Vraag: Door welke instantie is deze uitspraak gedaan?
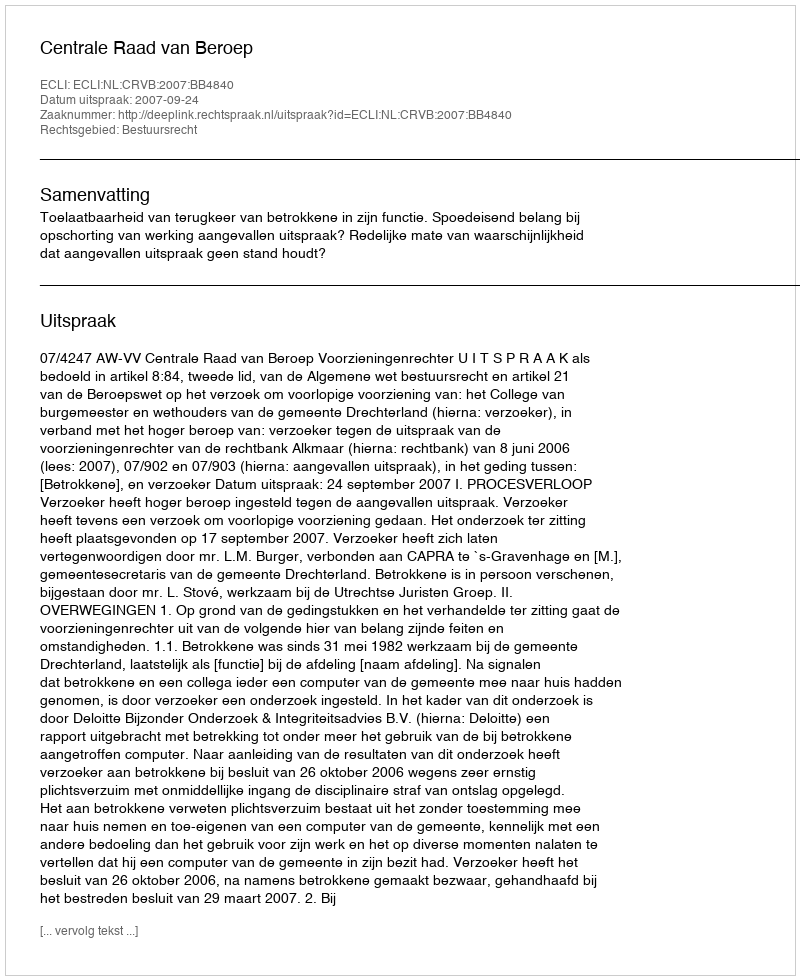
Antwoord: Centrale Raad van Beroep